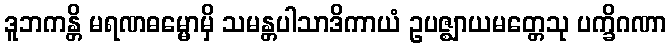
ဒူဘကန္တိ မရဏဓမ္မောမှိ သမန္တပါသာဒိကာယံ ဥပဇ္ဈာယမတ္တေသု ပက္ခိဂဏာ